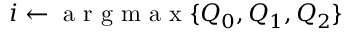
i \leftarrow \mathrm { ~ a ~ r ~ g ~ m ~ a ~ x ~ } \{ Q _ { 0 } , Q _ { 1 } , Q _ { 2 } \}